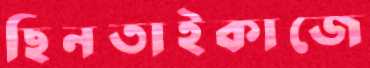
ছিনতাইকাজে